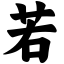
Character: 若